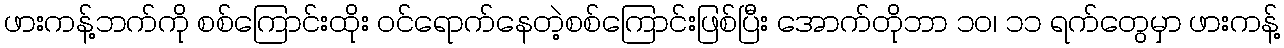
ဖားကန့်ဘက်ကို စစ်ကြောင်းထိုး ဝင်ရောက်နေတဲ့စစ်ကြောင်းဖြစ်ပြီး အောက်တိုဘာ ၁၀၊ ၁၁ ရက်တွေမှာ ဖားကန့်